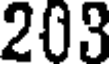
203